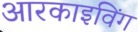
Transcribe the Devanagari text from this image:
आरकाइविंग